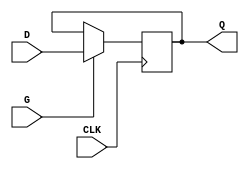
module edge_triggered_gated_latch (
    input wire D,    // Data input
    input wire G,    // Gate input
    input wire CLK,  // Clock input
    output reg Q     // Output
);

// Always block to model the edge-triggered behavior
always @(posedge CLK) begin
    if (G) begin
        Q <= D;  // Latch the input data when G is active
    end
    // If G is not active, Q retains its previous value
end

endmodule